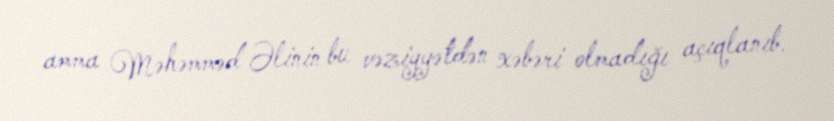
amma Məhəmməd Əlinin bu vəziyyətdən xəbəri olmadığı açıqlanıb.